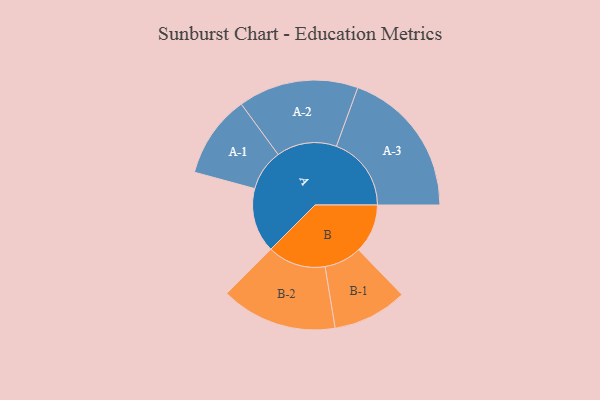
{"axis": {"x": "Segment", "y": "Value"}, "legend": ["", "A", "B"], "data": [{"x": "A", "y": 192, "type": ""}, {"x": "B", "y": 146, "type": ""}, {"x": "A-1", "y": 123, "type": "A"}, {"x": "A-2", "y": 179, "type": "A"}, {"x": "A-3", "y": 223, "type": "A"}, {"x": "B-1", "y": 111, "type": "B"}, {"x": "B-2", "y": 173, "type": "B"}]}